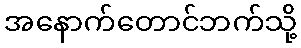
အနောက်တောင်ဘက်သို့